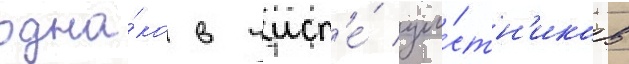
одна́ко в числ'е́ уча́стн'иков